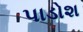
પાડોશ